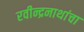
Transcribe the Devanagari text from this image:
रवीन्द्रनाथांचा